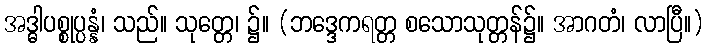
အဒ္ဓါပစ္စုပ္ပန္နံ၊ သည်။ သုတ္တေ၊ ၌။ (ဘဒ္ဒေကရတ္တ စသောသုတ္တန်၌။ အာဂတံ၊ လာပြီ။)